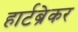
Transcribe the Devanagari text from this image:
हार्टब्रेकर